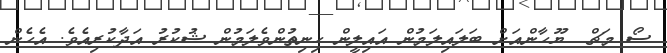
ސޯ މަޗް  ޔޫހާންއަށް ބަލައިލަމުން އައިލީން ހިނިތުންވެލަމުން ޝުކުރު އަދާކުރިއެވެ. އެހެން